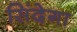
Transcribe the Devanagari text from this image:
सिंदेगा